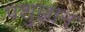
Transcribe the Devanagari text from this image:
पशुज्ञान